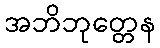
အဘိဘုတ္တေန